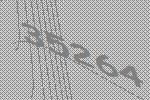
35264